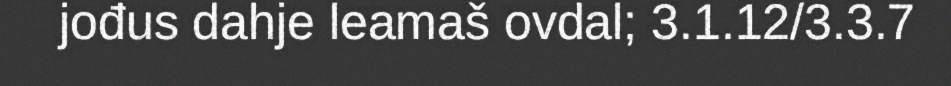
jođus dahje leamaš ovdal; 3.1.12/3.3.7